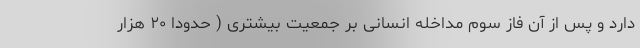
دارد و پس از آن فاز سوم مداخله انسانی بر جمعیت بیشتری ( حدودا ۲۰ هزار